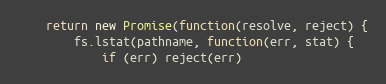
Language: JavaScript
	return new Promise(function(resolve, reject) {
		fs.lstat(pathname, function(err, stat) {
			if (err) reject(err)